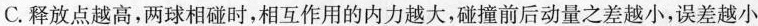
C.释放点越高，两球相碰时,相互作用的内力越大,碰撞前后动量之差越小,误差越小